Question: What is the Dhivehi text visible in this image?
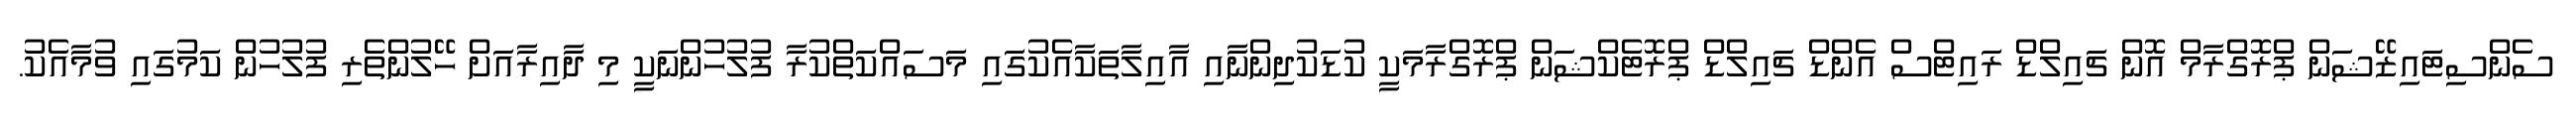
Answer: ސެންސިޓައިޒޭޝަން ޕްރޮގްރާމް އޮން ޗައިލްޑް ރައިޓްސް އެންޑް ޗައިލްޑް ޕްރޮޓެކްޝަން ޕްރޮގްރާމަކީ ކުޑަކުދިންނާއި އާއިލާތަކާއެކުގައި މަސައްކަތްކުރާ ފުލުހުންނަކީ މި ދާއިރާއަށް ހޭލުންތެރި ފުލުހުން ކަމުގައި ވުމާއެކު.